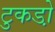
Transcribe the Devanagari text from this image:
टुकडो़